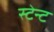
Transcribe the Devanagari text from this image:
स्टेन्ट